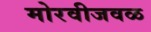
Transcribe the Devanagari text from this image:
मोरवीजवळ